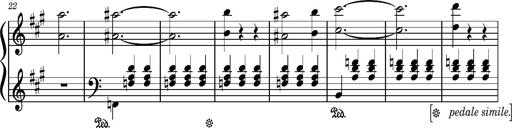
Title: Petite Valse (Fragment)
Composer: Franz Liszt
Key: A major then B-flat major